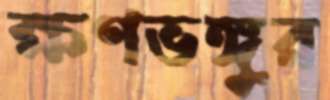
ক্ষণভঙ্গুর